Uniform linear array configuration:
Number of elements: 8
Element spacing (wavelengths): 1
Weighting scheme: exponential
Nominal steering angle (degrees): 0
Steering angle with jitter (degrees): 1.02
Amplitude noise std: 0.05
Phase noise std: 0.05

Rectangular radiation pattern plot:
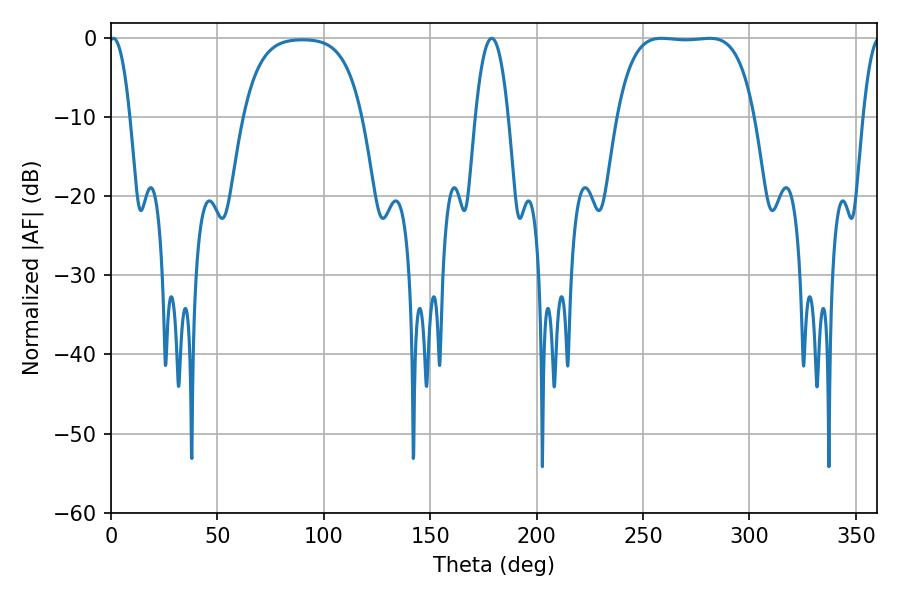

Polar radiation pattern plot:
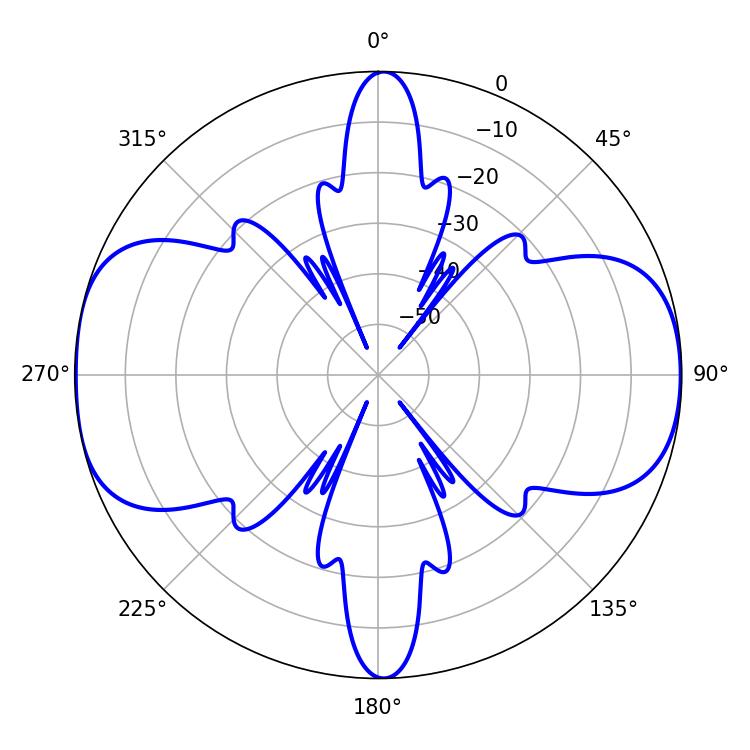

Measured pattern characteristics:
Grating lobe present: TRUE
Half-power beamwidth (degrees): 50.04
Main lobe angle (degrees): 281.34